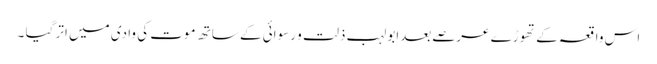
اس واقعہ کے تھوڑے عرصےبعدابولہب ذلت و رسوائی کے ساتھ موت کی وادی میں اتر گیا ۔